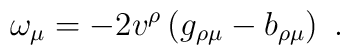
\omega_{\mu} = -2v^{\rho} \left(g_{\rho\mu} - b_{\rho\mu}\right)\ .